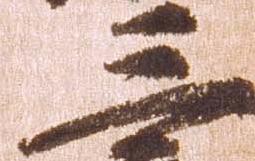
三